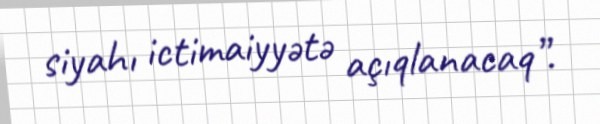
siyahı ictimaiyyətə açıqlanacaq”.